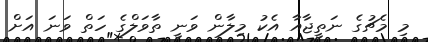
މި މެޗުގެ ނަތީޖާއާ އެކު މިލާން ވަނީ ތާވަލްގެ ހަތް ވަނަ އަށް